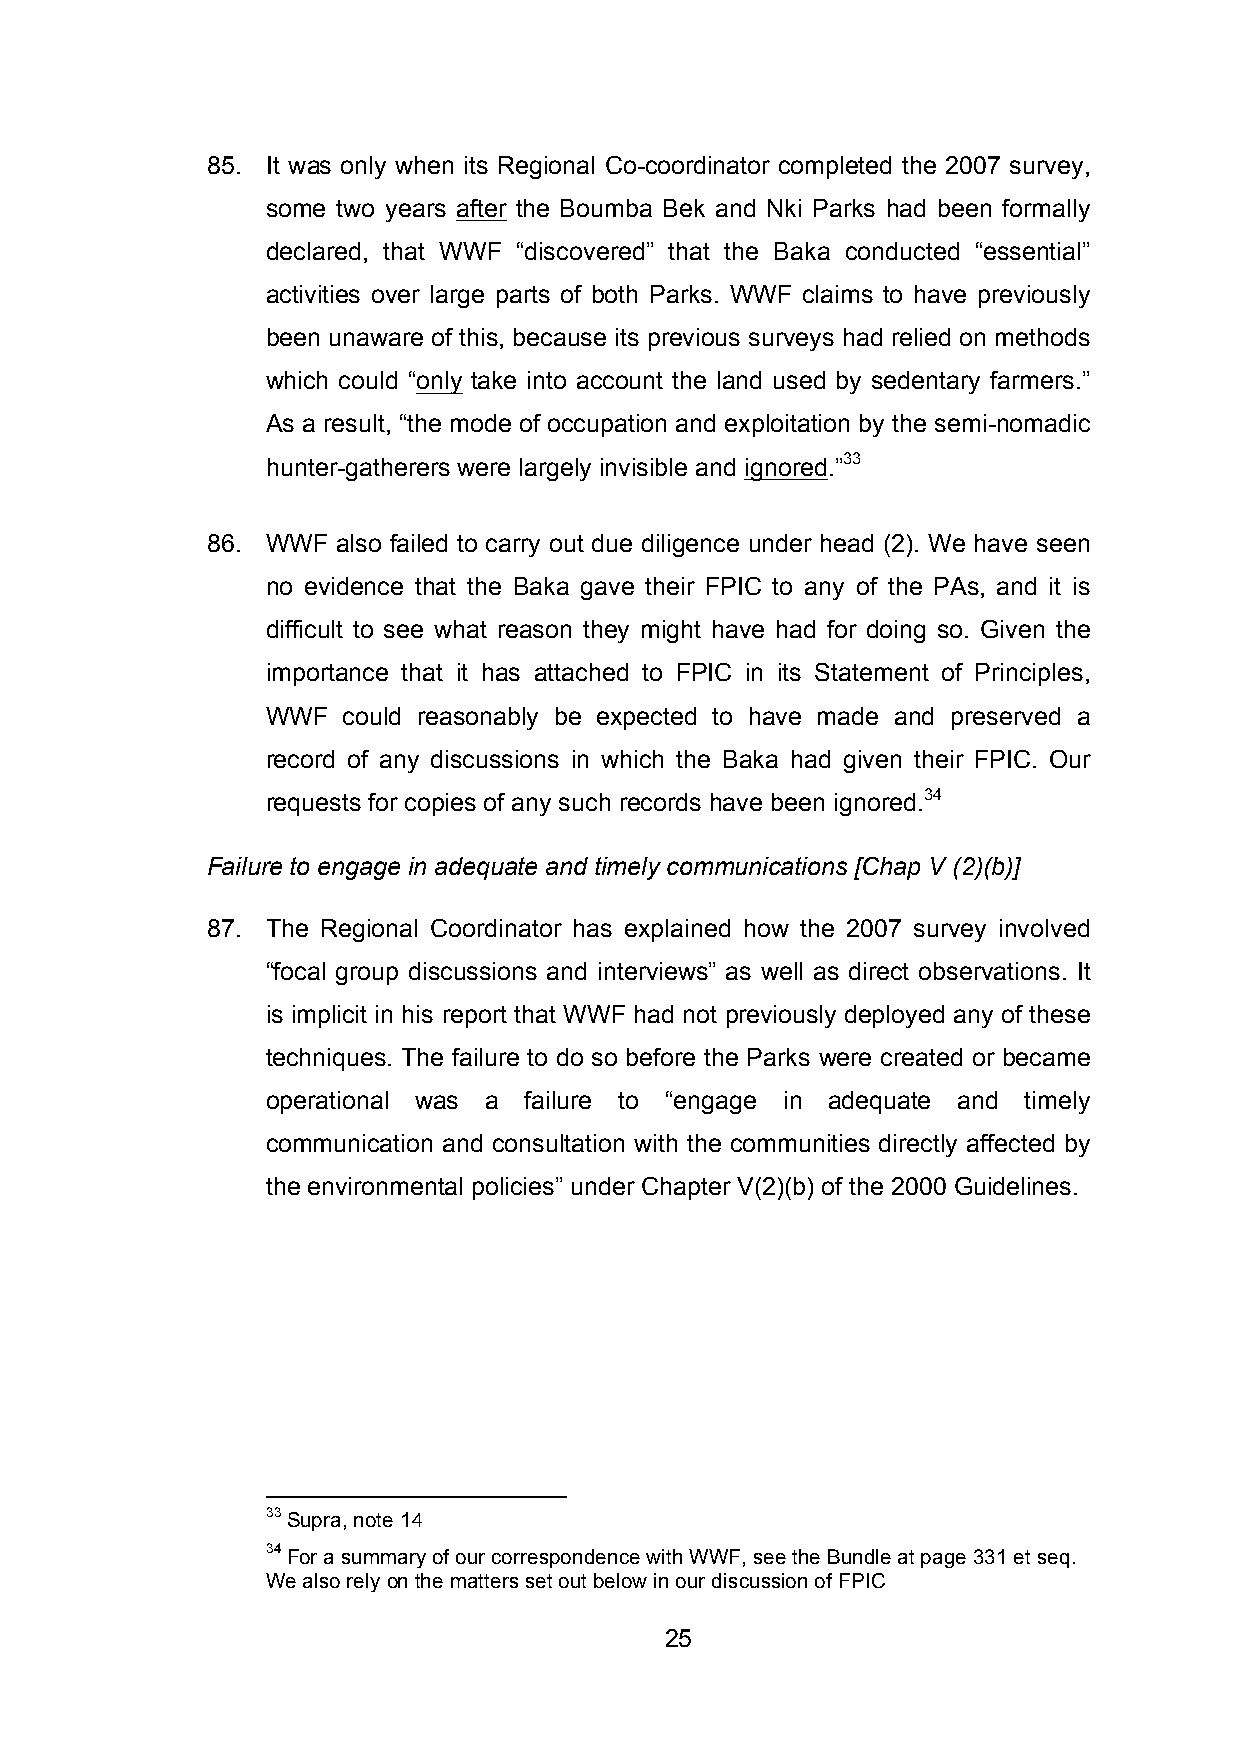
85. It was only when its Regional Co-coordinator completed the 2007 survey,
 some two years after the Boumba Bek and Nki Parks had been formally
 declared, that WWF “discovered” that the Baka conducted “essential”
 activities over large parts of both Parks. WWF claims to have previously
 been unaware of this, because its previous surveys had relied on methods
 which could “only take into account the land used by sedentary farmers.”
 As a result, “the mode of occupation and exploitation by the semi-nomadic
 hunter-gatherers were largely invisible and ignored.”33
 86. WWF also failed to carry out due diligence under head (2). We have seen
 no evidence that the Baka gave their FPIC to any of the PAs, and it is
 difficult to see what reason they might have had for doing so. Given the
 importance that it has attached to FPIC in its Statement of Principles,
 WWF  could reasonably be expected to have made and preserved a
 record of any discussions in which the Baka had given their FPIC. Our
 requests for copies of any such records have been ignored.34
 Failure to engage in adequate and timely communications [Chap V (2)(b)]
 87. The Regional Coordinator has explained how the 2007 survey involved
 “focal group discussions and interviews” as well as direct observations. It
 is implicit in his report that WWF had not previously deployed any of these
 techniques. The failure to do so before the Parks were created or became
 operational was a failure to “engage in adequate and timely
 communication and consultation with the communities directly affected by
 the environmental policies” under Chapter V(2)(b) of the 2000 Guidelines.
 33 Supra, note 14
 34 For a summary of our correspondence with WWF, see the Bundle at page 331 et seq.
 We also rely on the matters set out below in our discussion of FPIC
 25